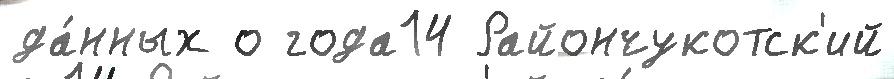
да́нных о года14 Райончукотск'ий